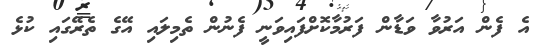
އެ ފެން އަރުވާ ވަޑާން ފަރުމާކޮށްފައިވަނީ ފެނުން ތެމިލައި އޭގެ ތެރޭގައި ކުޅެ